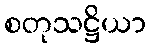
စတုသဋ္ဌိယာ